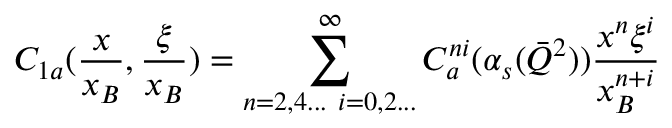
C _ { 1 a } ( { \frac { x } { x _ { B } } } , { \frac { \xi } { x _ { B } } } ) = \sum _ { n = 2 , 4 . . . ~ i = 0 , 2 . . . } ^ { \infty } C _ { a } ^ { n i } ( \alpha _ { s } ( \bar { Q } ^ { 2 } ) ) { \frac { x ^ { n } \xi ^ { i } } { x _ { B } ^ { n + i } } }